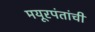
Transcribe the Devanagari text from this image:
मयूरपंतांची